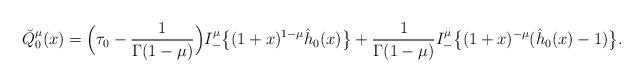
LaTeX: \begin{align*}\breve Q_0^\mu(x)= \Big(\tau_0 -\frac 1{\Gamma(1-\mu)} \Big)I_-^\mu \big\{(1+x)^{1-\mu} \hat h_0(x)\big\}+ \frac 1{\Gamma(1-\mu)} I_-^\mu \big\{(1+x)^{-\mu} (\hat h_0(x)-1)\big\}. \end{align*}